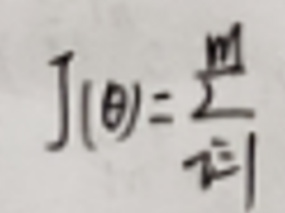
$J ( \theta ) = \frac { \sum _ { i = 1 } ^ { m } } { \vert I \vert }$